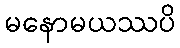
မနောမယဿပိ